Newspaper: Public ledger. [volume]
Place of publication: Memphis, Tenn.
Publisher: [Whitmore Bros.]
Date: 1875-03-04 00:00:00
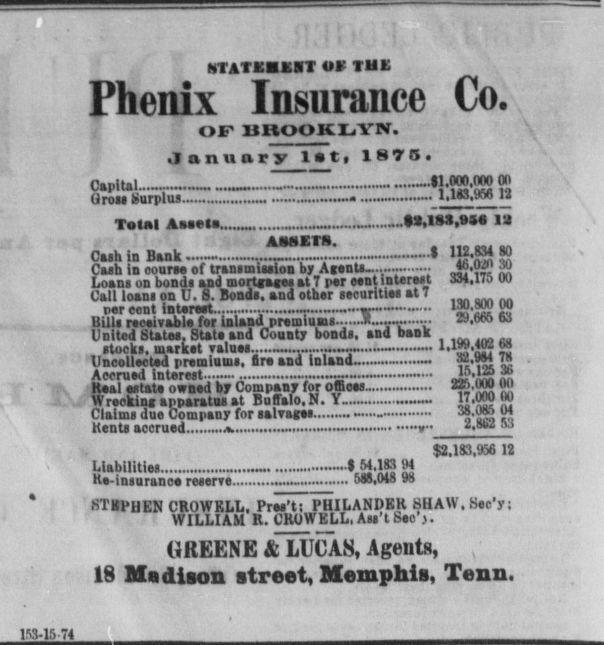
Advertisement text (OCR):
bTATEMEBT Phenix Insurance Co. OF UHOOKIiYW. January last, 1875. Capital. tiros surplus.-. Total Aasela.. AtWETS. Cash in Bank -. Cash ia court of trantmiaaioa by Agents.. Loans on bonds and mortgagee at T per eent interest Call loans on U. 8. Bonds, aud other securitiea at 7 per eent interest ......,w.. Billa rcivabl for inland preuiiuma.......i...... --- United btatea. State and Wounty Donas, ana nans stocks, market valuea . ...... Uncollected premiums, fir and Inland-.. Accrued interest Real estat owned by Company for qffioM- Wrecking apparatus at Buflalo, N. Y-.. Claims due Company for aalvagea Rents accrued .............,..........-. Liabilitiea K-inauranc reserve.. 8TKPHEN CROWKLL, Prea't: PHILANDER SHAW, Sec'y; WILLIAM R. CROWELL, Asa'tSeo . GREENE & LUCAS, Agents, , 18 Madison street, Memphis, Tenn. 13-1574 O THE ......$l.oofinnn on l.lB.Hf6 12 lt,iiT7ii 112.834 80 4d.0.! 30 334,175 00 130.800 00 2J.665 63 1,199.402 6S 32,94 7S IS, 125 36 22f.UiO (Ml 17.000 HO 38.0) 04 2.1U2 53 $2,183,936 12 ..$ 54.183 94 .. 588,048 98
Label: text-only